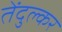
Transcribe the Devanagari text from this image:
तेंदुल्कर